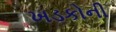
ખડકોની